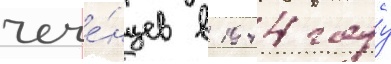
чече́нцев в 1944 году